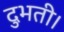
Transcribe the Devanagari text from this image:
दुभती।